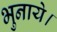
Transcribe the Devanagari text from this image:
भुनाये।